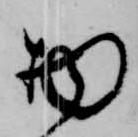
物